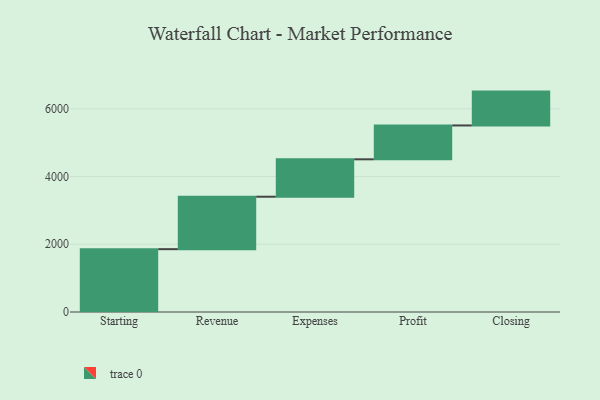
{"axis": {"x": "Step", "y": "Value"}, "legend": [""], "data": [{"x": "Starting", "y": 1856.0, "type": ""}, {"x": "Revenue", "y": 1549.0, "type": ""}, {"x": "Expenses", "y": 1105.0, "type": ""}, {"x": "Profit", "y": 1000, "type": ""}, {"x": "Closing", "y": 1000, "type": ""}]}